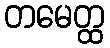
တမေတ္ထ